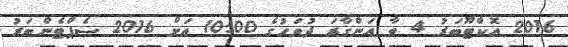
2016 އޮކްޓޫބަރު 4 ވާ އަންގާރަ ދުވަހުގެ 10:00 އަށް 2016 ސެޕްޓެންބަރު